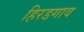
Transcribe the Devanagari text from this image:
हिरडगाव